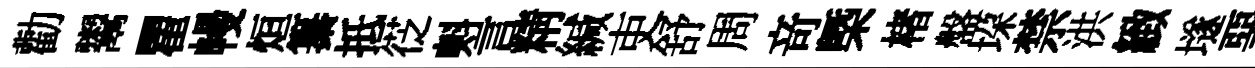
勸鬻瞿幔烜纂抵徔㪺言精緘吏舒周竒㮣楮盤垜禁洪緻𡑞堊